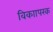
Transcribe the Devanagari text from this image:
विकाापरक